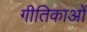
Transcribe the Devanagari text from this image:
गीतिकाओं